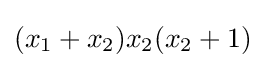
(x_{1}+x_{2})x_{2}(x_{2}+1)